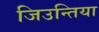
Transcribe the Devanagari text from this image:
जिउन्तिया